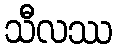
သီလဿ